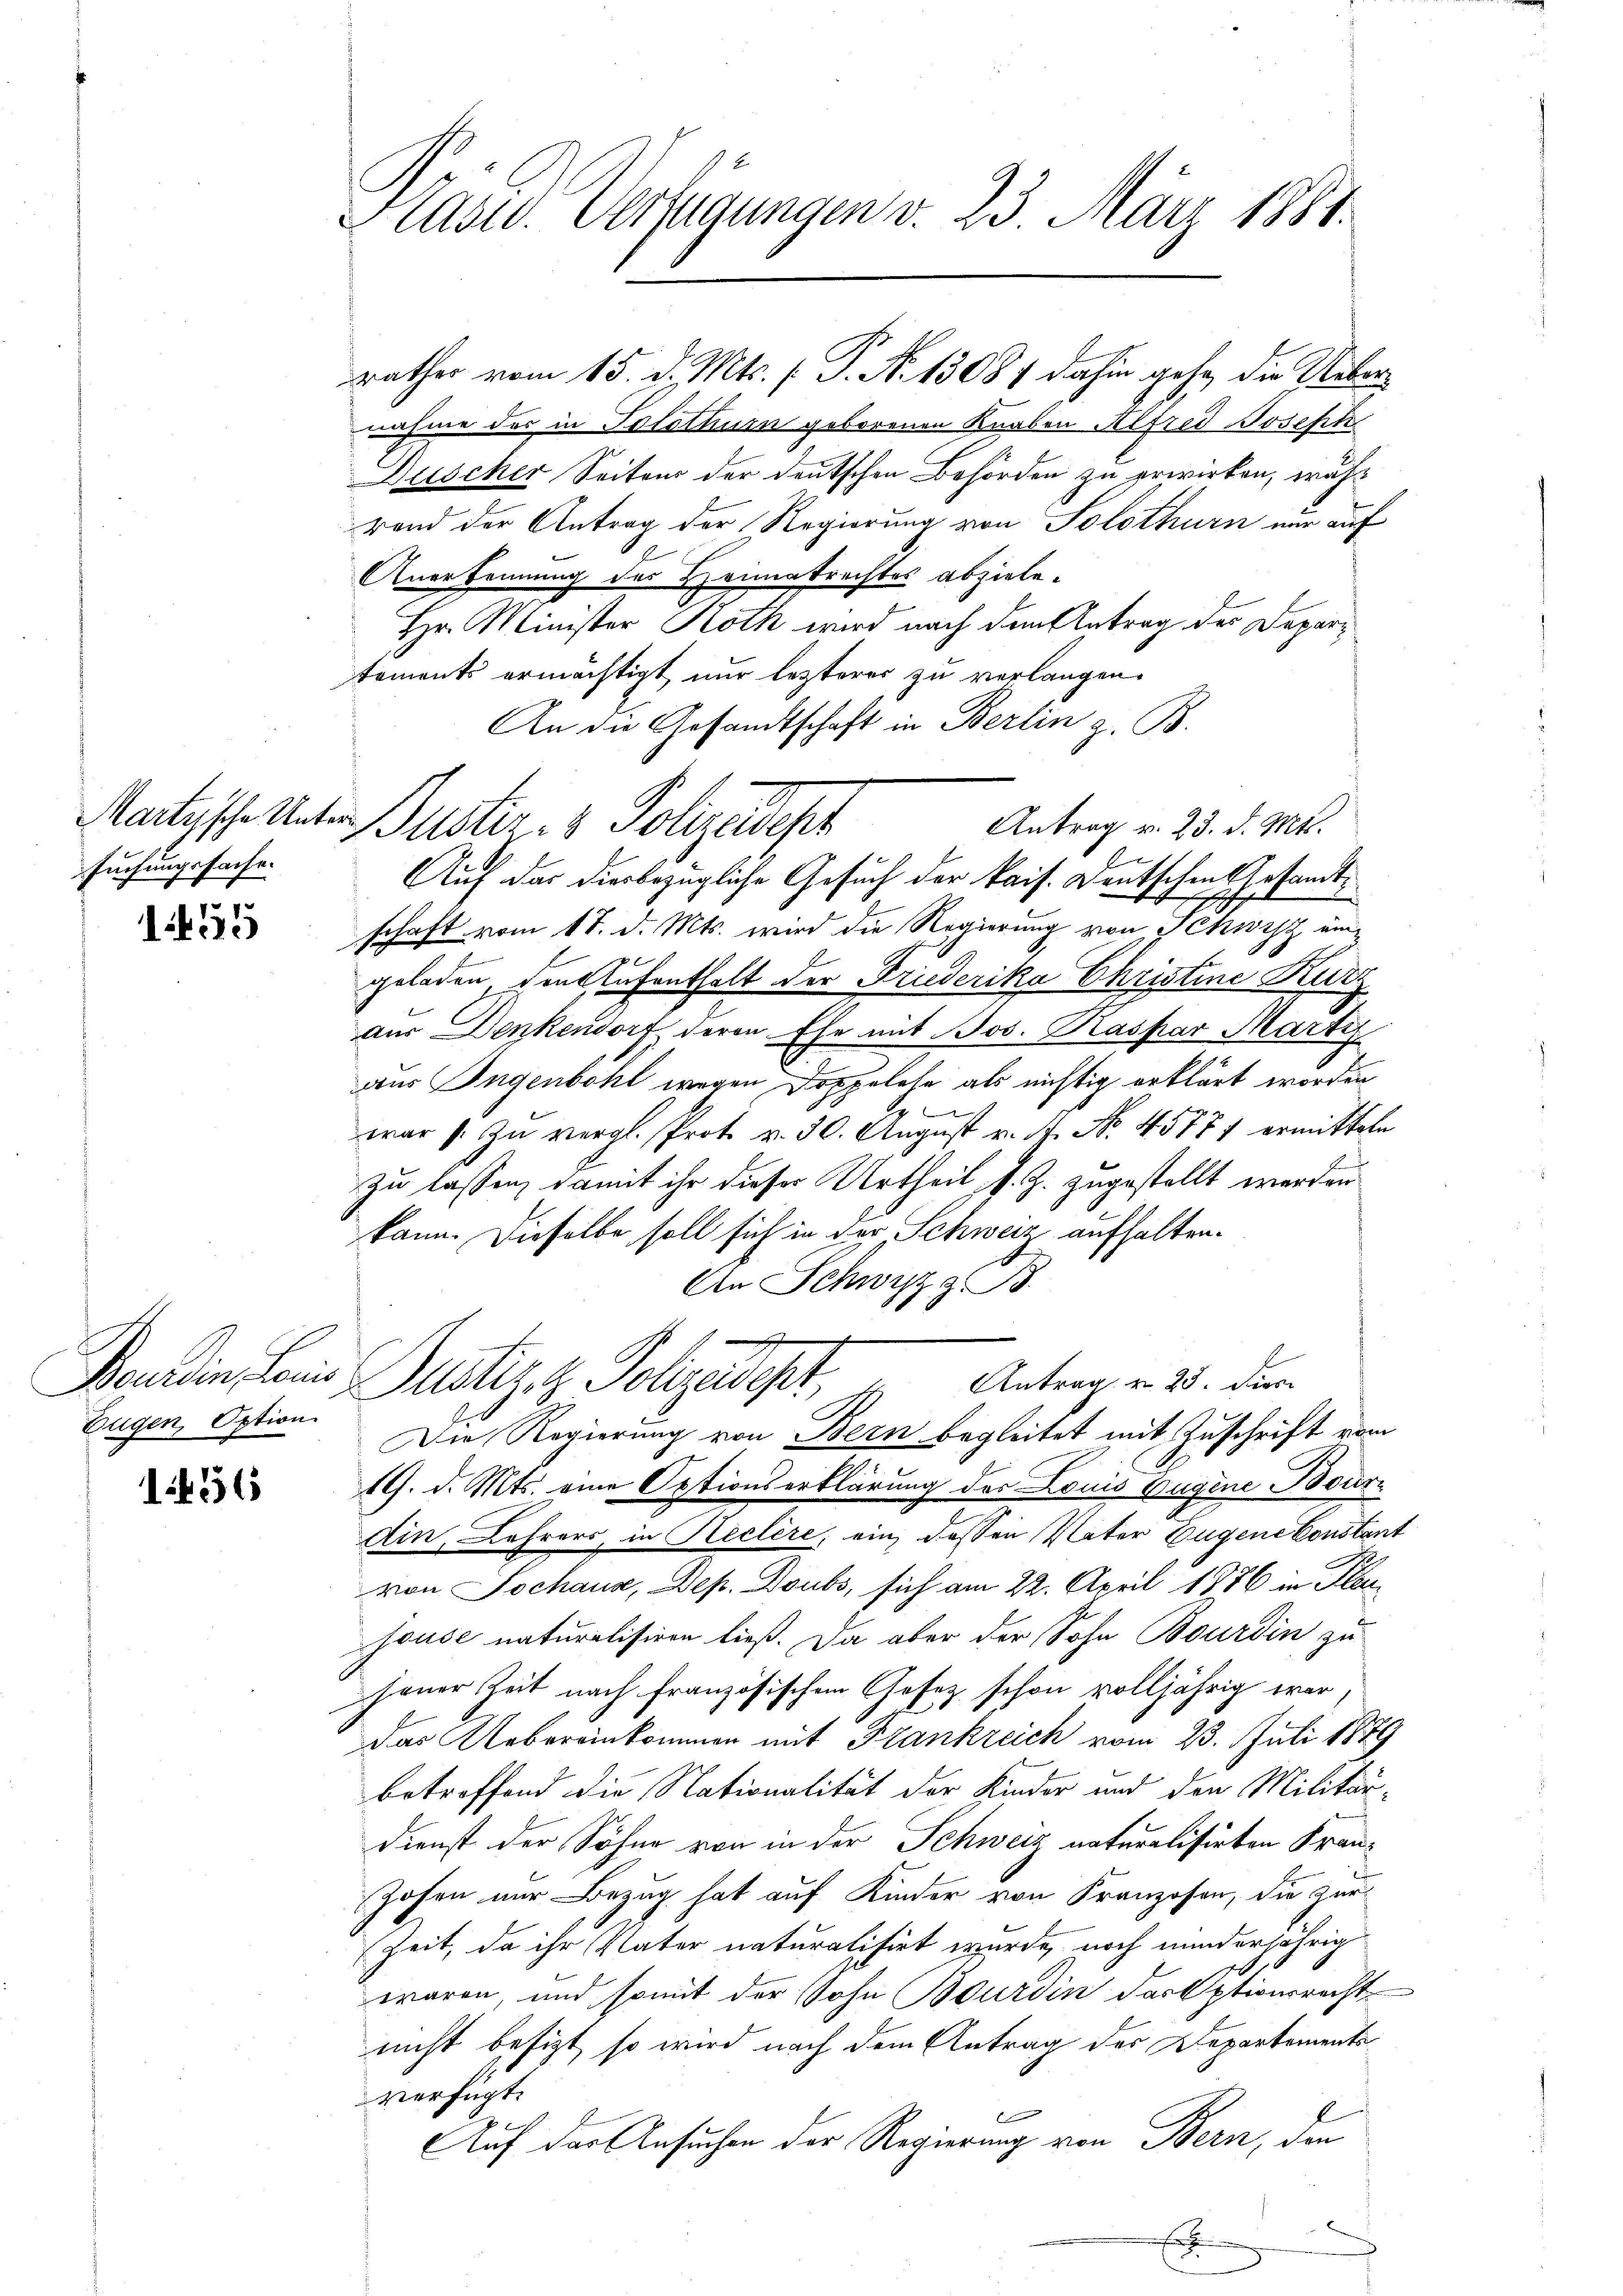
suchungssache.

1455

Eugen, Option.

1456

Plast. Verfügungen v. 23 März 1881.

Martische Unter Justiz- & Polizeidest

nahme des in Solothur geborenen Knaben Alfred Joseph
Duscher Seitens der deutschen Behörden zu erwirken, währ
rend der Antrag der Regierung von Solothurn nur auf
Anerkennung des Heimatrechtes abziele.
Hr. Minister Roth wird nach dem Antrag des Departements ermächtigt nur lezterer zu verlangen.
An die Gesandtschaft in Berlin z. B.
Antrag v. 23. d. Mts.
d
Auf das diesbezügliche Gesuch der kais. Deutschen Gesandtschaft vom 17. d. Mts. wird die Regierung von Schwyz umgeladen, den Aufenthalt der Friederika Christine Kurz
aus Denkendorf, deren Ehe mit Jos. Kaspar Martiz
aus Ingenbohl wegen Doppelche als nichtig erklärt worden
war s. zŭ vergl. Prot. v. 30. August v. J. No. 45777 ermitteln
zu lassen, damit ihr dieses Urtheil s. Z. zugestellt werden
kann. Dieselbe soll sich in der Schweiz aufhalten.
An Schwyz z. B.
Bandin deine Justiz z. Polyedept,
Antrag v. 25. Dier.
Die Regierung von Bern begleitet mit Zuschrift vom
19. d. Mts. eine Optionserklärung des Louis Eugene Bour¬
Ain, Lehrers, in Reclère, ein, dassen Vater Eugene Constan
von Jochaus, Dep. Doubs, sich am 22. April 1876 in Plan
hause naturalisiren ließ. Da aber der Sohn Bourdin zu
jener Zeit nach französischem Gesetz schon volljährig war,
das Uebereinkommen mit Frankreich vom 23. Juli 1879
betreffend die Nationalität der Kinder und den Militär¬
Dienst der Söhne von in der Schweiz naturalisirten Fran¬
Hohen nur Bezug hat auf Kinder von Franzosen, die zur
Zeit, da ihr Vater naturalisirt wurde, noch minderjährig
waren, und somit der Sohn Bourdin das Optionsrecht
nicht besizt, so wird nach dem Antrag des Departements
versuchte

Auf der Ansuchen der Regierung von Bern, den
x

rathes vom 15. d. Mts. f. P. No. 13084 dahin gehe, die Ueber¬